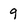
Character: 9